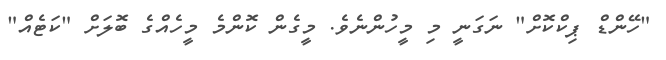
"ހޭންޑް ޕިކްކޮށް" ނަގަނީ މި މީހުންނެވެ. މީގެން ކޮންމެ މީހެއްގެ ބޮލަަށް "ކަޓެއް"